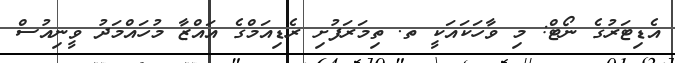
އެޑިޓަރުގެ ނޯޓް: މި ވާހަކައަކީ ތ. ތިމަރަފުށި ރެޑިއަމްގެ އައްޒާ މުހައްމަދު ވީނިއުސް